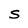
Character: S